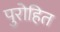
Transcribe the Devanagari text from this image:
पुरोहित